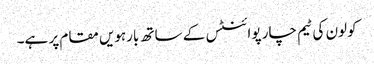
کولون کی ٹیم چار پوائنٹس کے ساتھ بارہویں مقام پر ہے۔